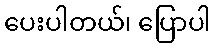
ပေးပါတယ်၊ ပြောပါ